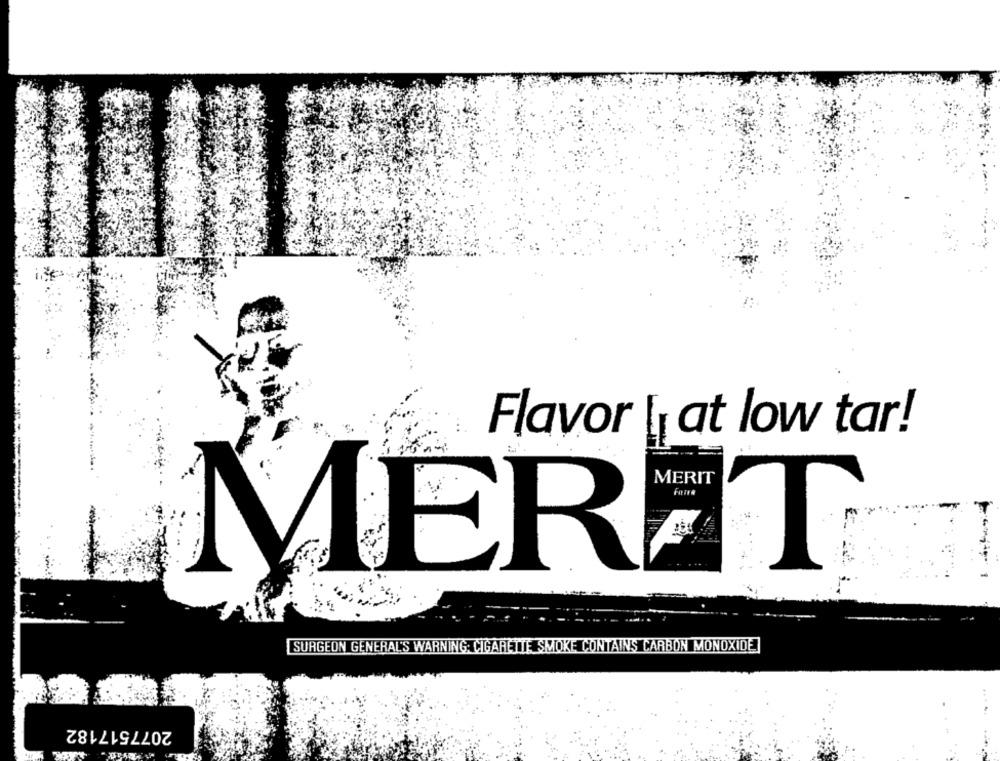
Flavor [¡ at low tar!
MERET®
... ......
SURGEON GENERAL'S WARNING: CIGARETTE SMOKE CONTAINS CARBON MONOXIDE
2077517182